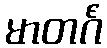
မာတင်္ဂံ